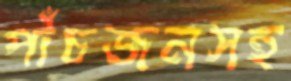
পাঁচজনসহ